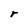
Character: r